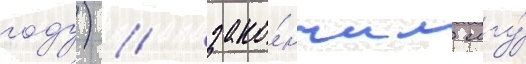
году) / зако́нчил мгу́